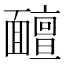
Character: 𩉊